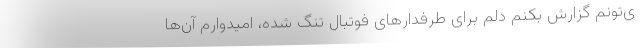
ی‌تونم گزارش بکنم دلم برای طرفدارهای فوتبال تنگ شده، امیدوارم آن‌ها